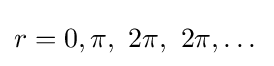
r=0,\pi ,\ 2\pi ,\ 2\pi ,\dots